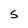
Character: S